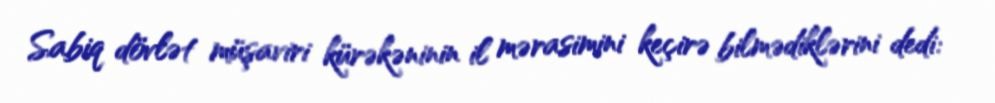
Sabiq dövlət müşaviri kürəkəninin il mərasimini keçirə bilmədiklərini dedi: